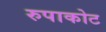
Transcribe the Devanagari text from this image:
रुपाकोट